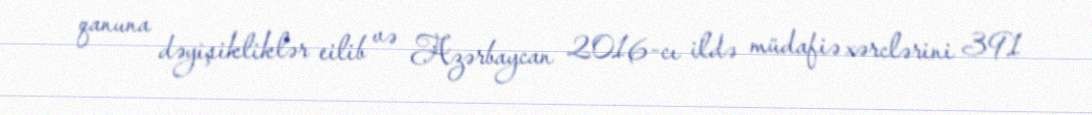
qanuna dəyişikliklər eilib və Azərbaycan 2016-cı ildə müdafiə xərclərini 391